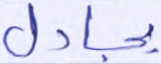
يجادل